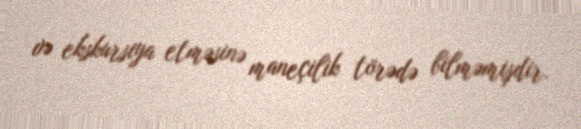
və ekskursiya etməsinə maneçilik törədə bilməmişdir.